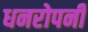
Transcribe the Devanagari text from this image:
धनरोपनी